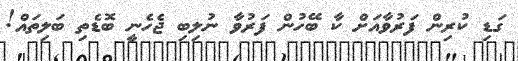
ގަޑި ކުރިން ފަރުވާއަށް ކާ ބޭހުން ފަރުވާ ނުލިބި ޖެހެނީ ބޮޑެތި ބަލިތައް!